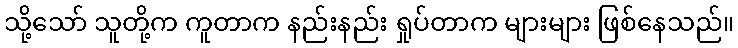
သို့သော် သူတို့က ကူတာက နည်းနည်း ရှုပ်တာက များများ ဖြစ်နေသည်။